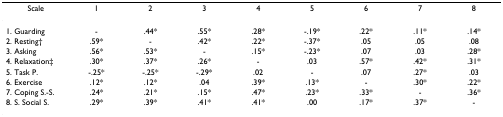
<table><thead><tr><td><b>Scale</b></td><td><b>1</b></td><td><b>2</b></td><td><b>3</b></td><td><b>4</b></td><td><b>5</b></td><td><b>6</b></td><td><b>7</b></td><td><b>8</b></td></tr></thead><tbody><tr><td>1. Guarding</td><td>-</td><td>.44*</td><td>.55*</td><td>.28*</td><td>-.19*</td><td>.22*</td><td>.11*</td><td>.14*</td></tr><tr><td>2. Resting†</td><td>.59*</td><td>-</td><td>.42*</td><td>.22*</td><td>-.37*</td><td>.05</td><td>.05</td><td>.08</td></tr><tr><td>3. Asking</td><td>.56*</td><td>.53*</td><td>-</td><td>.15*</td><td>-.23*</td><td>.07</td><td>.03</td><td>.28*</td></tr><tr><td>4. Relaxation‡</td><td>.30*</td><td>.37*</td><td>.26*</td><td>-</td><td>.03</td><td>.57*</td><td>.42*</td><td>.31*</td></tr><tr><td>5. Task P.</td><td>-.25*</td><td>-.25*</td><td>-.29*</td><td>.02</td><td>-</td><td>.07</td><td>.27*</td><td>.03</td></tr><tr><td>6. Exercise</td><td>.12*</td><td>.12*</td><td>.04</td><td>.39*</td><td>.13*</td><td>-</td><td>.30*</td><td>.22*</td></tr><tr><td>7. Coping S.-S.</td><td>.24*</td><td>.21*</td><td>.15*</td><td>.47*</td><td>.23*</td><td>.33*</td><td>-</td><td>.36*</td></tr><tr><td>8. S. Social S.</td><td>.29*</td><td>.39*</td><td>.41*</td><td>.41*</td><td>.00</td><td>.17*</td><td>.37*</td><td>-</td></tr></tbody></table>